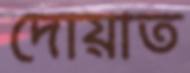
দোয়াত